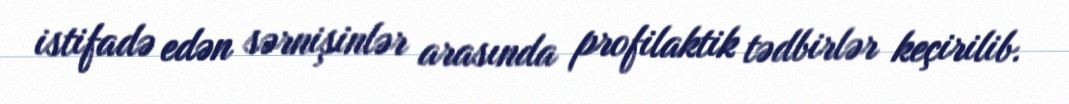
istifadə edən sərnişinlər arasında profilaktik tədbirlər keçirilib.